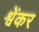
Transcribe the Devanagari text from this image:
श्वेंकर